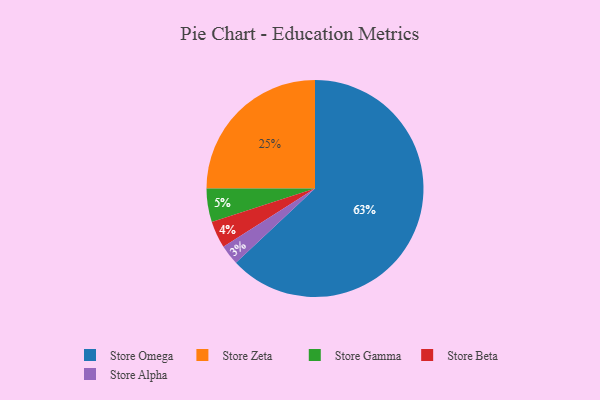
{"axis": {"x": "Category", "y": "Percentage"}, "legend": ["Store Alpha", "Store Beta", "Store Gamma", "Store Omega", "Store Zeta"], "data": [{"x": "Store Beta", "y": 4, "type": "Store Beta"}, {"x": "Store Omega", "y": 63, "type": "Store Omega"}, {"x": "Store Gamma", "y": 5, "type": "Store Gamma"}, {"x": "Store Zeta", "y": 25, "type": "Store Zeta"}, {"x": "Store Alpha", "y": 3, "type": "Store Alpha"}]}